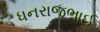
ધનરાજભાઈ